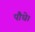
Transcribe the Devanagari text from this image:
पौधे।